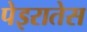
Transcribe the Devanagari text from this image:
पेइरातेस